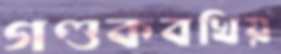
গণ্ডকবখিয়